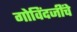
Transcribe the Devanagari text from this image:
गोविंदजींचे